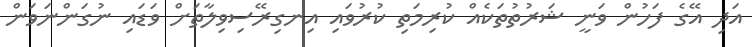
އަދި އޭގެ ފަހުން ވަނީ ޝަރުތުތަކެއް ކުރިމަތި ކުރުވައި އިނގިރޭސިވިލާތަށް ވަޑައި ނުގަންނަވަން